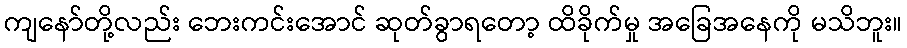
ကျနော်တို့လည်း ဘေးကင်းအောင် ဆုတ်ခွာရတော့ ထိခိုက်မှု အခြေအနေကို မသိဘူး။